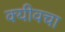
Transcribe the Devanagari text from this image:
क्यीवचा